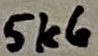
Text: 5k6